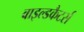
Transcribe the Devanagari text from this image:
वाइल्डकैटर्स